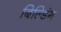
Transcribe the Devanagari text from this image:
बिल्‍डिंग